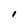
Character: I